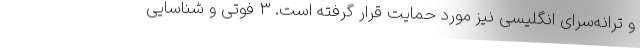
و ترانه‌سرای انگلیسی نیز مورد حمایت قرار گرفته است. ۳ فوتی و شناسایی